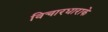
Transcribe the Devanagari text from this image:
विचारधाराके